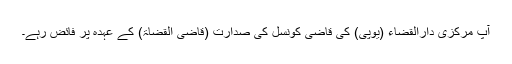
آپ مرکزی دارالقضاء (یوپی) کی قاضی کونسل کی صدارت (قاضی القضاۃ) کے عہدہ پر فائض رہے۔